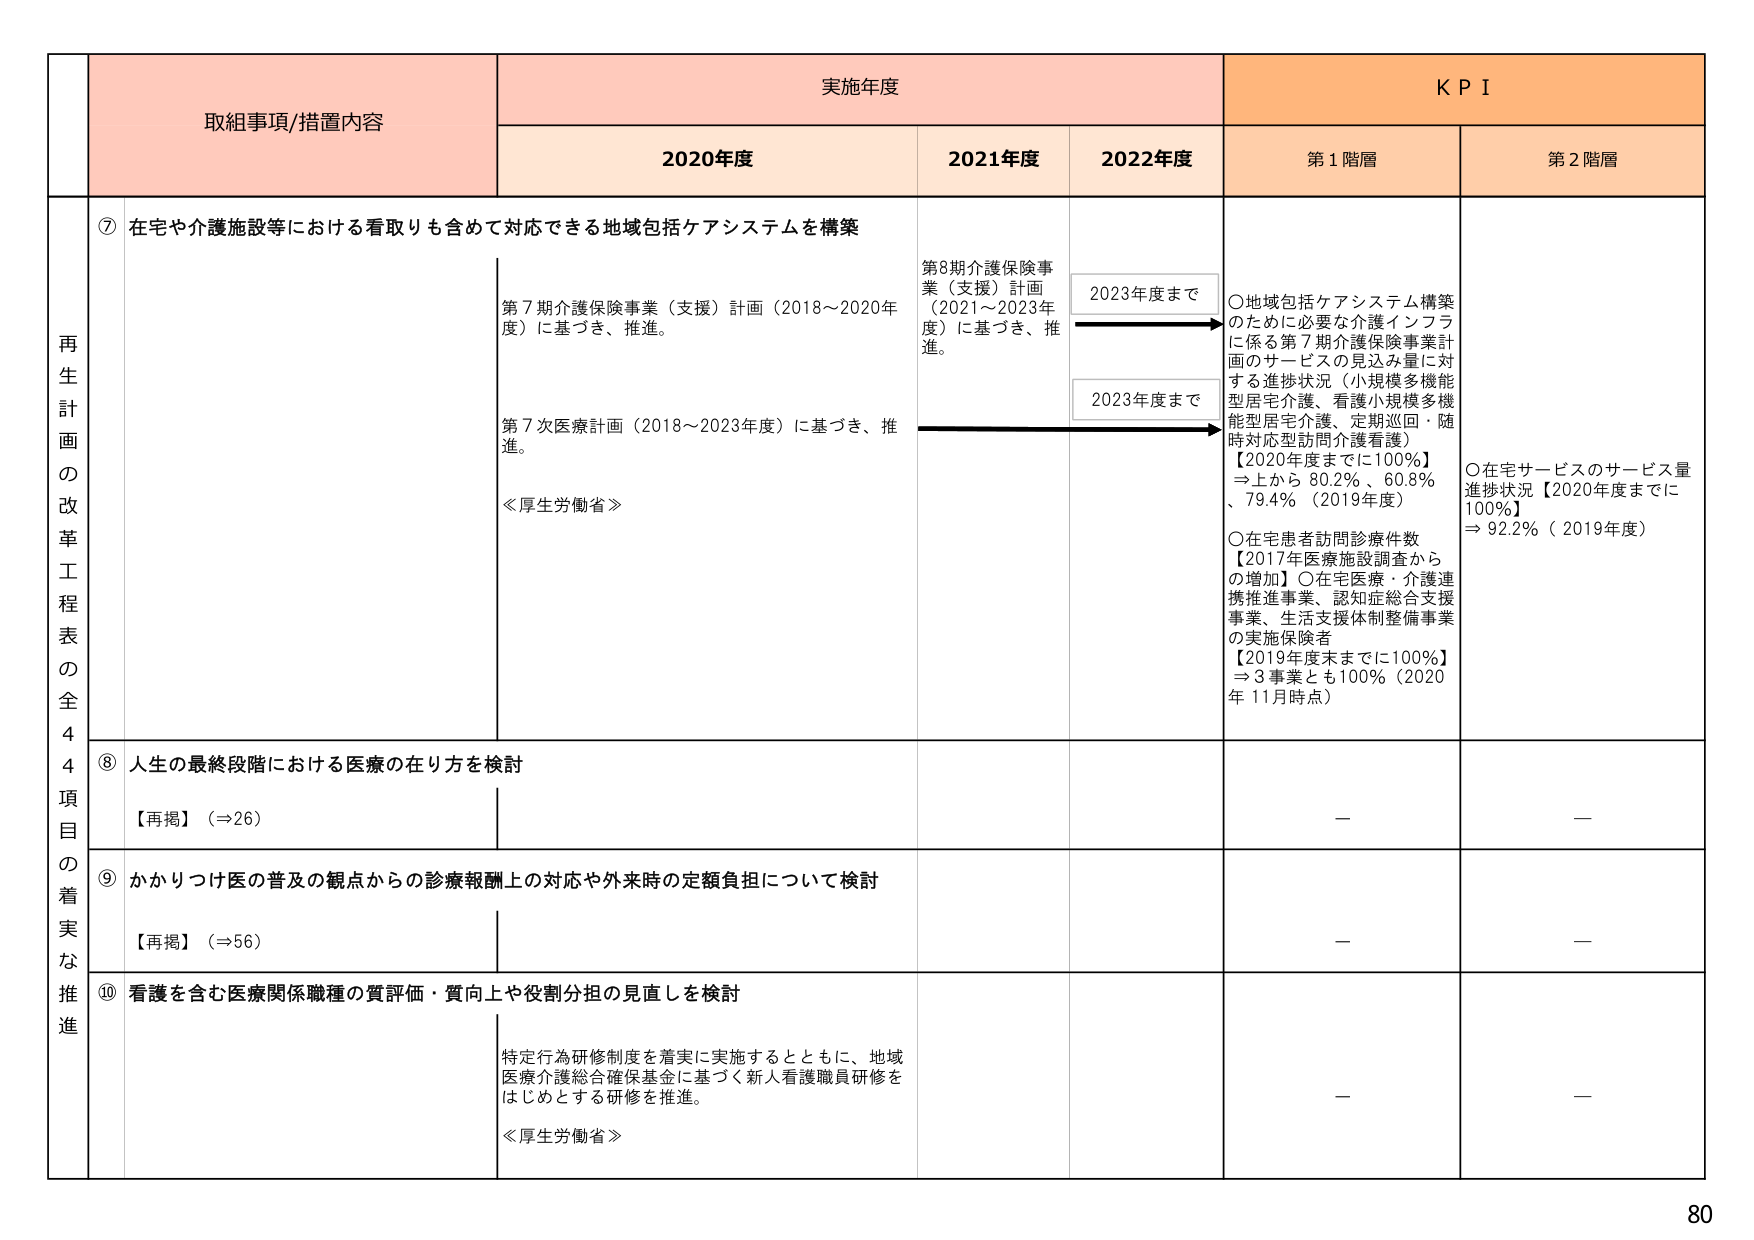
再生計画の改革工程表の全44項目の着実な推進

取組事項/措置内容

実施年度

KPI

2020年度

2021年度

2022年度

第1階層

第2階層

⑦ 在宅や介護施設等における看取りも含めて対応できる地域包括ケアシステムを構築

第7期介護保険事業（支援）計画（2018～2020年度）に基づき、推進。

第7次医療計画（2018～2023年度）に基づき、推進。

≪厚生労働省≫

第8期介護保険事業（支援）計画（2021～2023年度）に基づき、推進。

2023年度まで

2023年度まで

○地域包括ケアシステム構築のために必要な介護インフラに係る第7期介護保険事業計画のサービスの見込み量に対する進捗状況（小規模多機能型居宅介護、看護小規模多機能型居宅介護、定期巡回・随時対応型訪問介護看護）
【2020年度までに100％】
→上から 80.2％、60.8％、79.4％（2019年度）

○在宅患者訪問診療件数
【2017年医療施設調査からの増加】○在宅医療・介護連携推進事業、認知症総合支援事業、生活支援体制整備事業の実施保険者
【2019年度末までに100％】
⇒3事業とも100％（2020年11月時点）

○在宅サービスのサービス量進捗状況【2020年度までに100％】
⇒92.2％（2019年度）

⑧ 人生の最終段階における医療の在り方を検討

【再掲】（⇒26）

—

—

⑨ かかりつけ医の普及の観点からの診療報酬上の対応や外来時の定額負担について検討

【再掲】（⇒56）

—

—

⑩ 看護を含む医療関係職種の質評価・質向上や役割分担の見直しを検討

特定行為研修制度を着実に実施するとともに、地域医療介護総合確保基金に基づく新人看護職員研修をはじめとする研修を推進。

≪厚生労働省≫

—

—

80